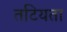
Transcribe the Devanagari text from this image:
तटियता